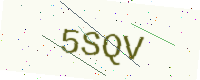
Text: 5SQV